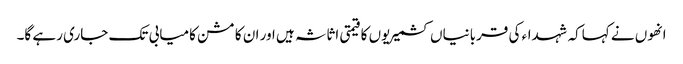
انھوں نے کہاکہ شہداء کی قربانیاں کشمیریوں کا قیمتی اثاثہ ہیں اور ان کا مشن کامیابی تک جاری رہے گا۔